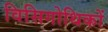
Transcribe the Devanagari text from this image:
विसिगोथिकों